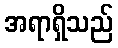
အရာရှိသည်